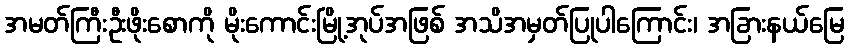
အမတ်ကြီးဦးဖိုးစောကို မိုးကောင်းမြို့အုပ်အဖြစ် အသိအမှတ်ပြုပါကြောင်း၊ အခြားနယ်မြေ